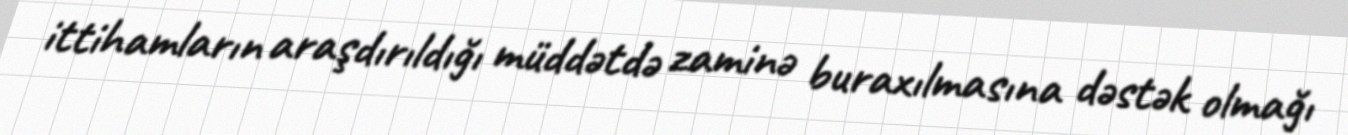
ittihamların araşdırıldığı müddətdə zaminə buraxılmasına dəstək olmağı